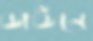
ডাউনে